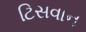
ટિસવાન